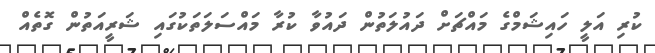
ކުރި އަލީ ހައިޝަމްގެ މައްޗަށް ދައުލަތުން ދައުވާ ކުރާ މައްސަލަތަކުގައި ޝަރީއަތުން ގޮތެއް